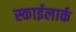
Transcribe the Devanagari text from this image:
स्काईलार्क